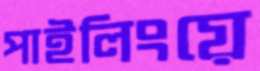
পাইলিংয়ে